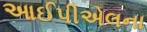
આઈપીએલના